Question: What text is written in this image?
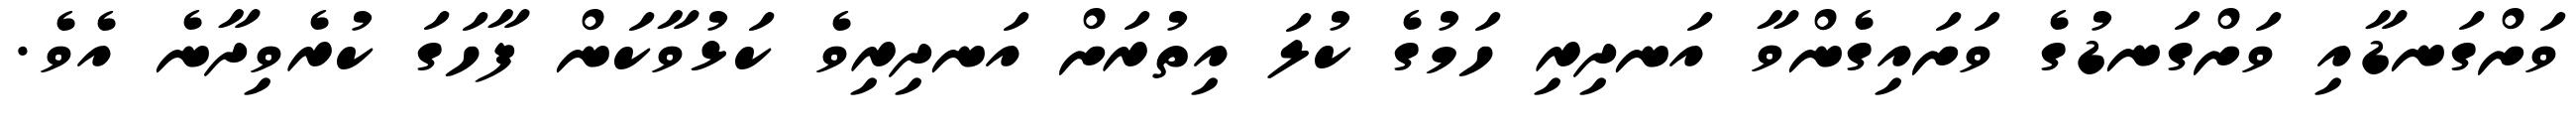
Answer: ވަށްގަނޑާއި ވަށްގަނޑުގެ ވަށައިގެންވާ އަނދިރި ހަމުގެ ކުލަ އިތުރަށް އަނދިރިވެ ކަޅުވާކަން ފާހަގަ ކުރެވިދާނެ އެވެ.